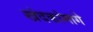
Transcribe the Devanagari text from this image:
खंदकांमागे